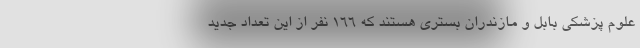
علوم پزشکی بابل و مازندران بستری هستند که ۱۶۶ نفر از این تعداد جدید